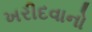
ખરીદવાનો